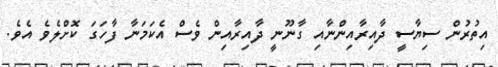
އިތުރުން ސިޔާސީ ދާއިރާއިންނާއި ގާނޫނީ ދާއިރާއިން ވެސް އެކަމަނާ ފާހަގަ ކޮށްލެވެ އެވެ.